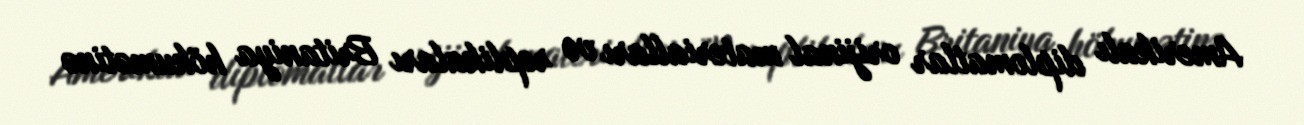
Amerikalı diplomatlar orijinal materialları və replikaları Britaniya hökumətinə